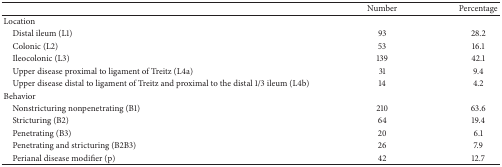
<table><thead><tr><td><b> </b></td><td><b>Number</b></td><td><b>Percentage</b></td></tr></thead><tbody><tr><td>Location </td><td> </td><td> </td></tr><tr><td> Distal ileum (L1)</td><td>93</td><td>28.2</td></tr><tr><td> Colonic (L2)</td><td>53</td><td>16.1</td></tr><tr><td> Ileocolonic (L3)</td><td>139</td><td>42.1</td></tr><tr><td> Upper disease proximal to ligament of Treitz (L4a)</td><td>31</td><td>9.4</td></tr><tr><td> Upper disease distal to ligament of Treitz and proximal to the distal 1/3 ileum (L4b)</td><td>14</td><td>4.2</td></tr><tr><td>Behavior </td><td> </td><td> </td></tr><tr><td> Nonstricturing nonpenetrating (B1)</td><td>210</td><td>63.6</td></tr><tr><td> Stricturing (B2)</td><td>64</td><td>19.4</td></tr><tr><td> Penetrating (B3)</td><td>20</td><td>6.1</td></tr><tr><td> Penetrating and stricturing (B2B3)</td><td>26</td><td>7.9</td></tr><tr><td> Perianal disease modifier (p)</td><td>42</td><td>12.7</td></tr></tbody></table>